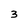
Character: 3